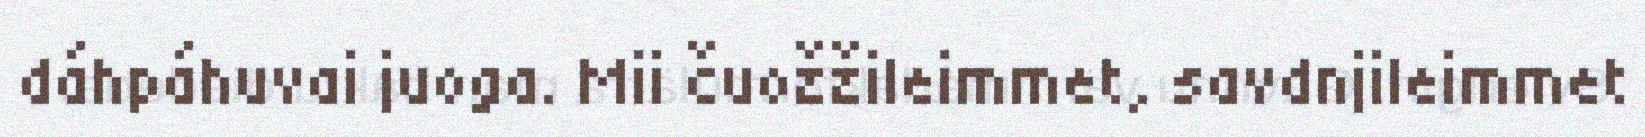
dáhpáhuvai juoga. Mii čuožžileimmet, savdnjileimmet